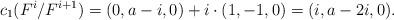
LaTeX: \begin{align*} c_1(F^i/F^{i+1}) = (0, a-i, 0) + i\cdot (1, -1, 0) = (i,a-2i,0).\end{align*}